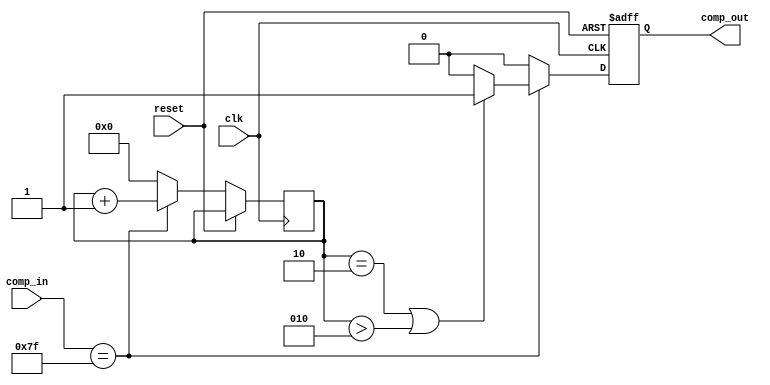
/* Generated by Yosys 0.27+22 (git sha1 53c0a6b78, clang 11.0.1-2 -fPIC -Os) */

module integrator2(clk, reset, comp_in, comp_out);
  wire _00_;
  wire [31:0] _01_;
  reg [31:0] _02_ = 32'd0;
  reg _03_;
  wire [31:0] _04_;
  wire _05_;
  wire _06_;
  wire _07_;
  wire _08_;
  wire _09_;
  wire [31:0] _10_;
  wire _11_;
  input clk;
  wire clk;
  input [6:0] comp_in;
  wire [6:0] comp_in;
  output comp_out;
  wire comp_out;
  wire [31:0] i;
  input reset;
  wire reset;
  assign _05_ = i == 32'd2;
  assign _06_ = $signed(i) > $signed(32'd2);
  assign _07_ = _05_ | _06_;
  assign _08_ = _07_ ? 1'h1 : 1'h0;
  assign _09_ = _00_ ? _08_ : 1'h0;
  assign _10_ = _00_ ? _04_ : 32'd0;
  assign _11_ = ~ reset;
  assign _01_ = _11_ ? _10_ : i;
  always @(posedge clk)
    _02_ <= _01_;
  always @(posedge clk, posedge reset)
    if (reset) _03_ <= 1'h0;
    else _03_ <= _09_;
  assign _00_ = comp_in == 7'h7f;
  assign _04_ = i + 32'd1;
  assign i = _02_;
  assign comp_out = _03_;
endmodule